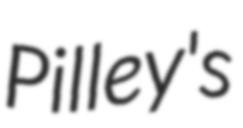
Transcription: Pilley's